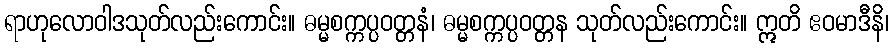
ရာဟုလောဝါဒသုတ်လည်းကောင်း။ ဓမ္မစက္ကပ္ပဝတ္တနံ၊ ဓမ္မစက္ကပ္ပဝတ္တန သုတ်လည်းကောင်း။ ဣတိ ဧဝမာဒီနိ၊